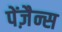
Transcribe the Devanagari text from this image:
पेंज़ैन्स